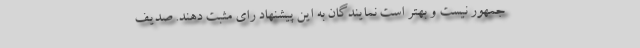
جمهور نیست و بهتر است نمایندگان به این پیشنهاد رای مثبت دهند. صدیف